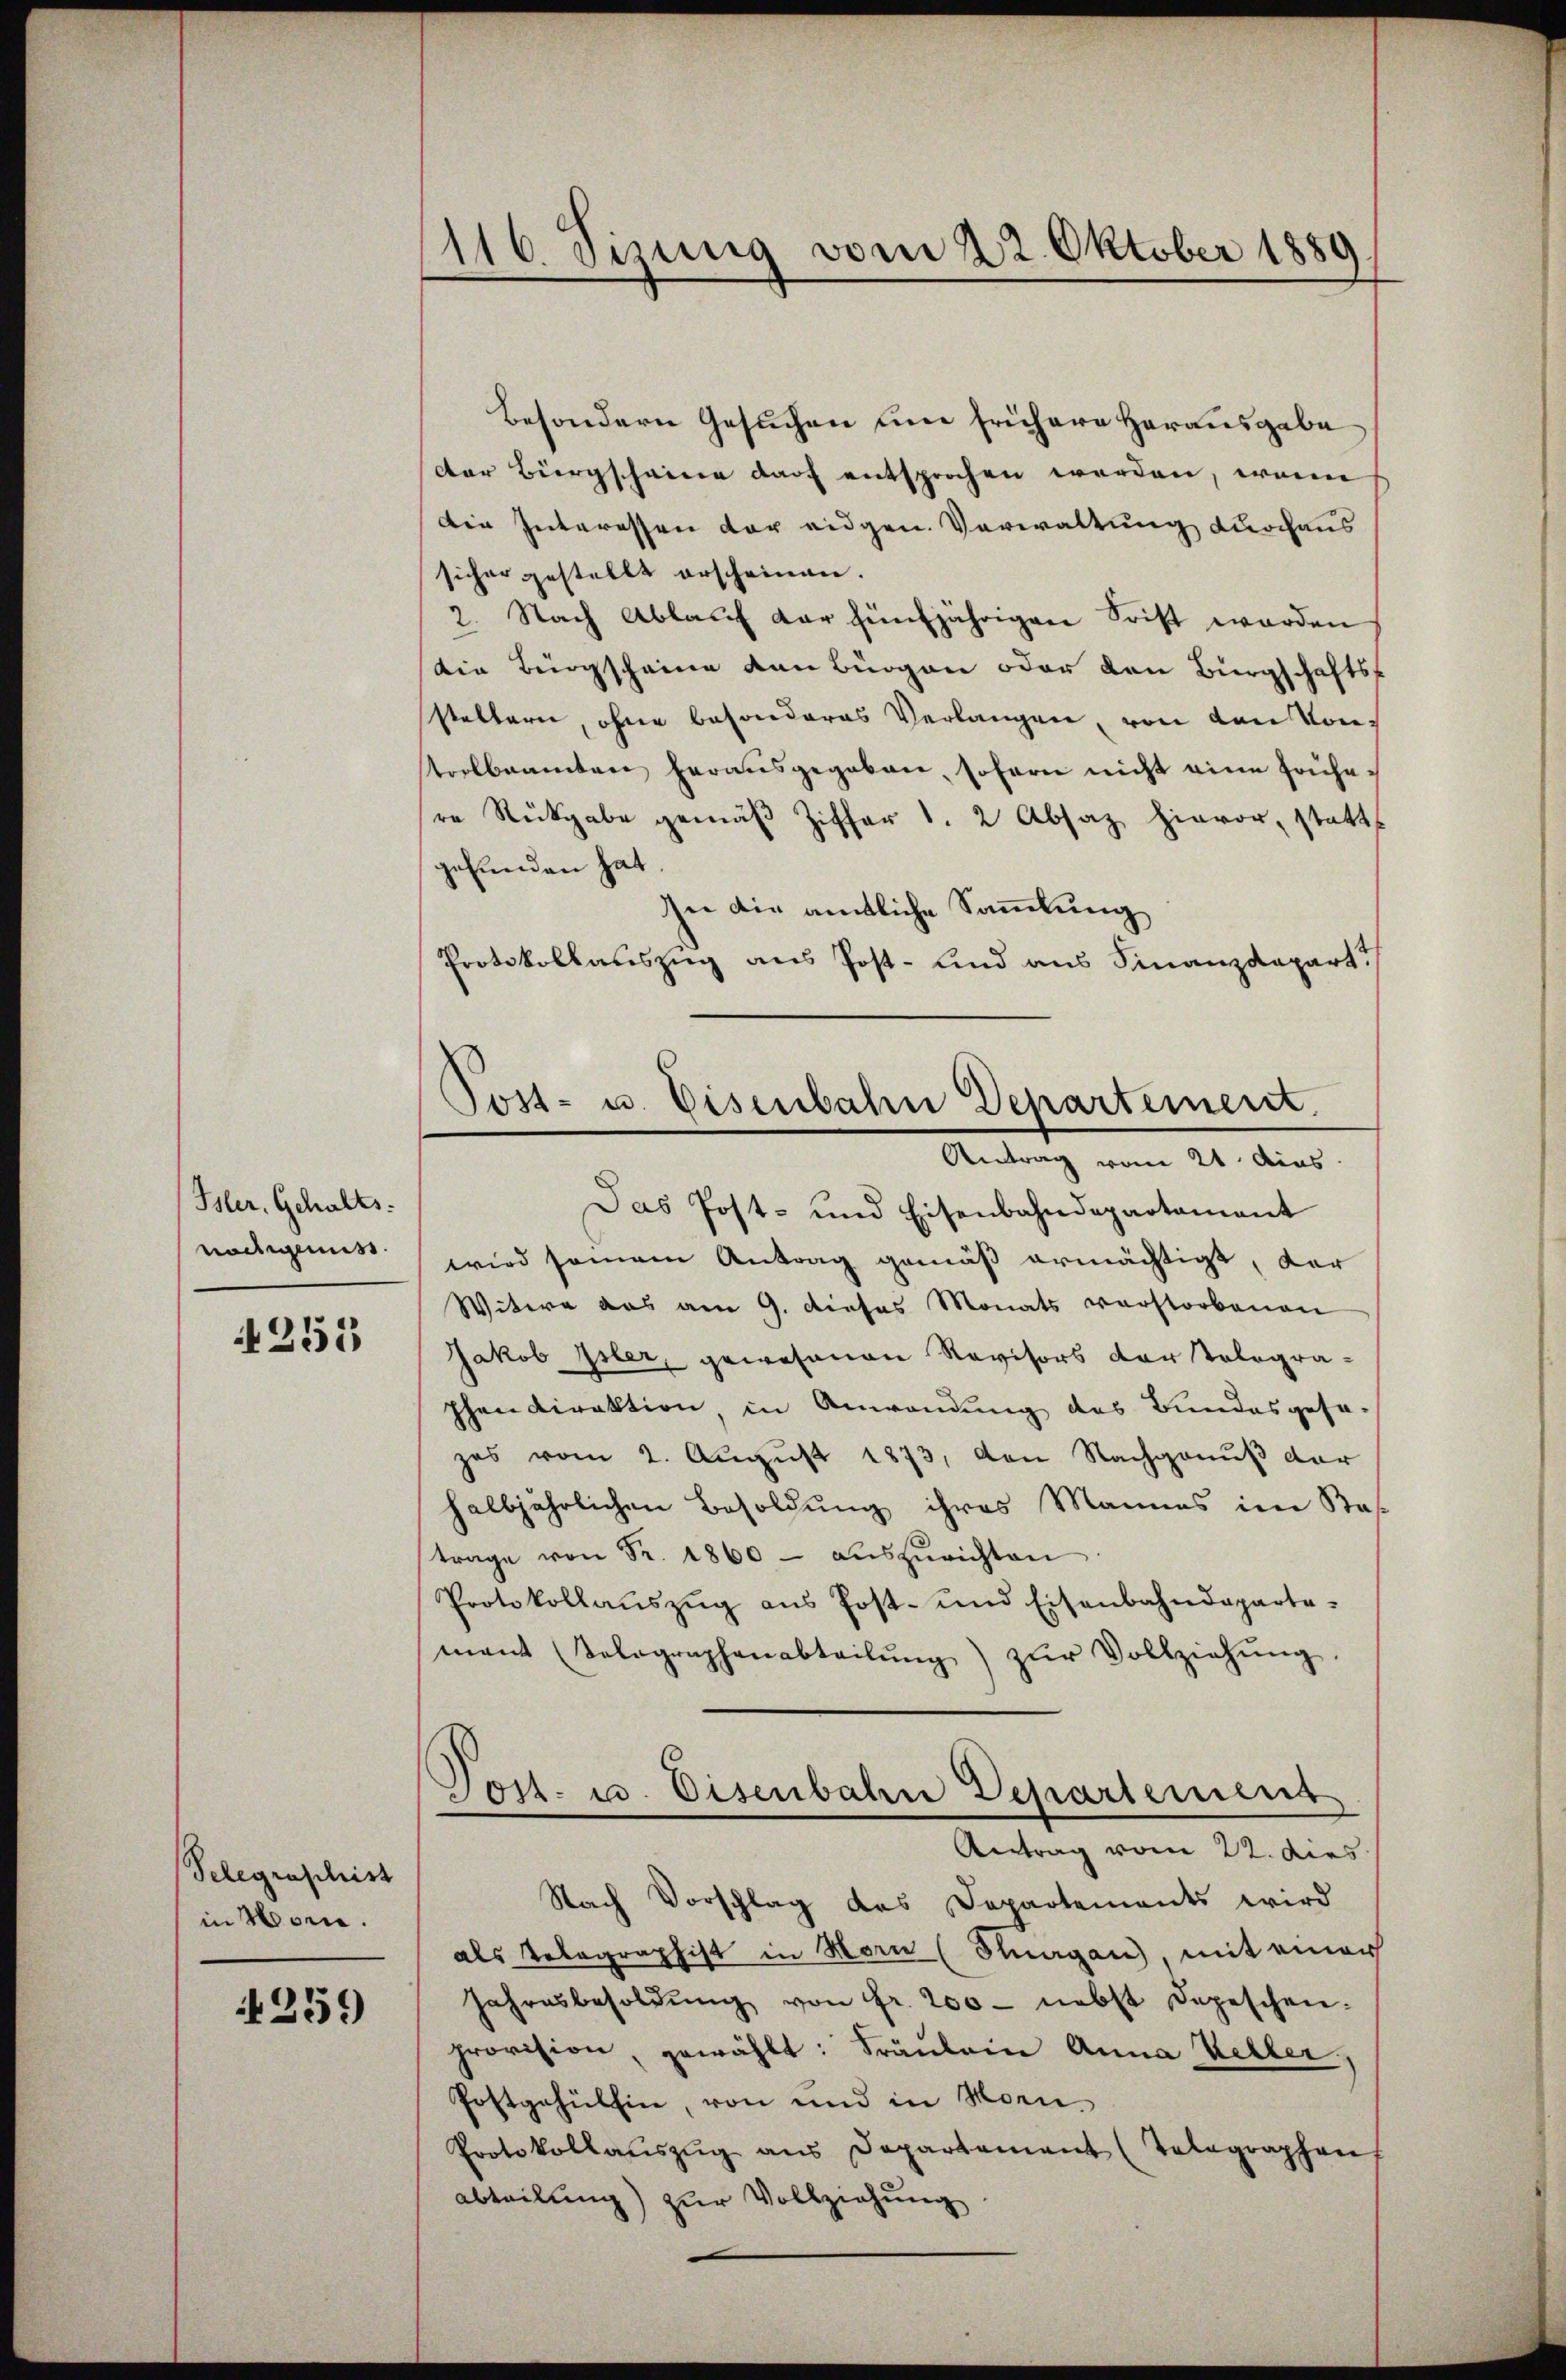
(Isler. Gehalts:
nachgemess

255

besondern Gesuchen um frühere Herausgabe
der Bürgscheine darf entsprochen werden, wenn
Die Interessen der eidgen. Verwaltung durchaus
sicher gestellt erscheinen.
2. Nach Ablauf dar fünfjährigen Frist worden
din Bürgscheine von Bürgen oder den Bürgschaftsstellern, ohne besonderes Verlangen, von den Kontrolbeamten herausgegeben, sofern nicht eine frühere Rückgabe gemäβ Ziffer l. 2 Absatz hievor, statt
gefunden hat.
In die amtliche Sammlung
Protokollauszug aus Post- und aus Finanzdepart?
Tost- u. Eisenbahn Departement.

Telegraschist
in Mon.

259

1116. Sizung vom 22. Oktober 1889

Antrag vom 21. dies

Das Post- und Eisenbahndepartament
wird seinem Antrag gemäß ermächtigt, der
Witwe aus am 9. dieses Monats verstorbenen
Jakob Isler, gewesenen Revisors der Tologra-
phen Direktion in Anwendung des Bundesgesa-
zes vom 2. Aŭgŭst 1873, den Nachgenuß der
halbjährlichen Besoldung ihres Mannes im Sas
trage von Fr. 1860 aŭszŭrichten
Protokollaŭszŭg aŭs Post- und Eisenbahndeparte-
mant (Tolographenabteilŭng zŭr Vollziehŭng
Post- u. Eisenbahne Departemens
Antrag vom 22. dies
Nach Vorschlag des Departements wird
als Telegraphist in Horn (Stuagan, mit einer
Jahresbesoldŭng von Fr. 200 - nebst Depeschen.
provision, gewählt: Fräulein Anna Keller,
Postgehülhin, von und in Mori¬
Protokollaŭszŭg ans Departement (Telographen
abteilung) zur Vollziehung